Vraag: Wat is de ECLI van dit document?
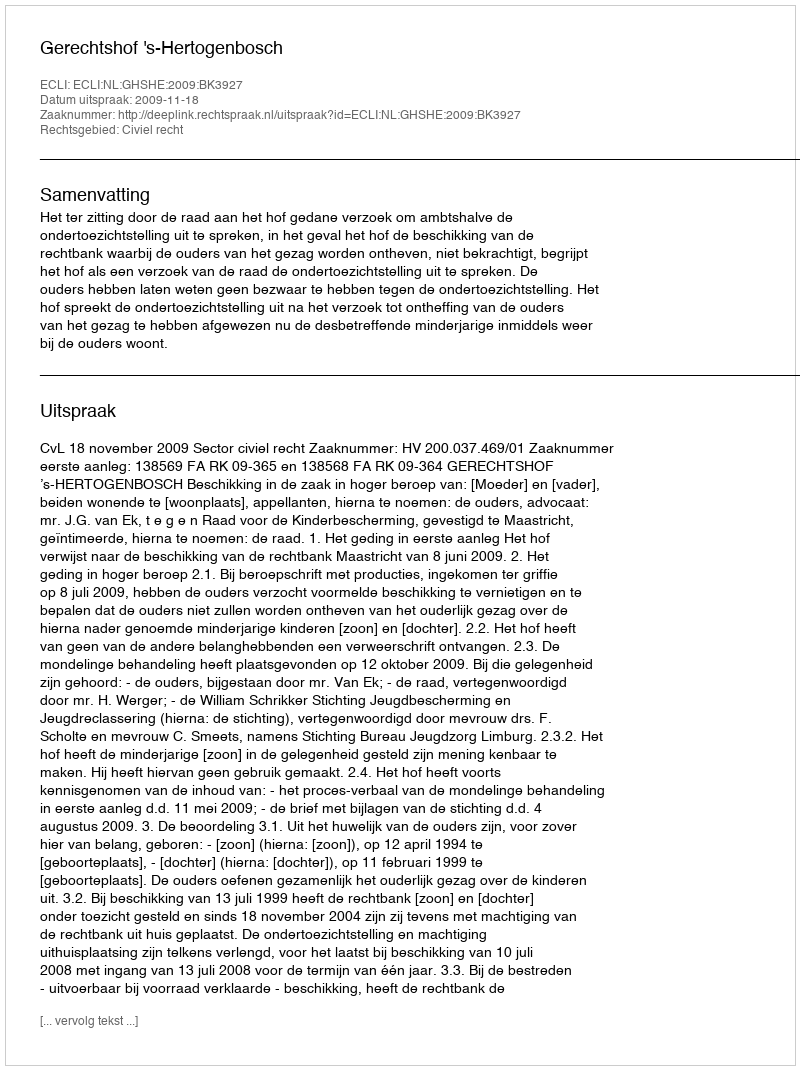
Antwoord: ECLI:NL:GHSHE:2009:BK3927